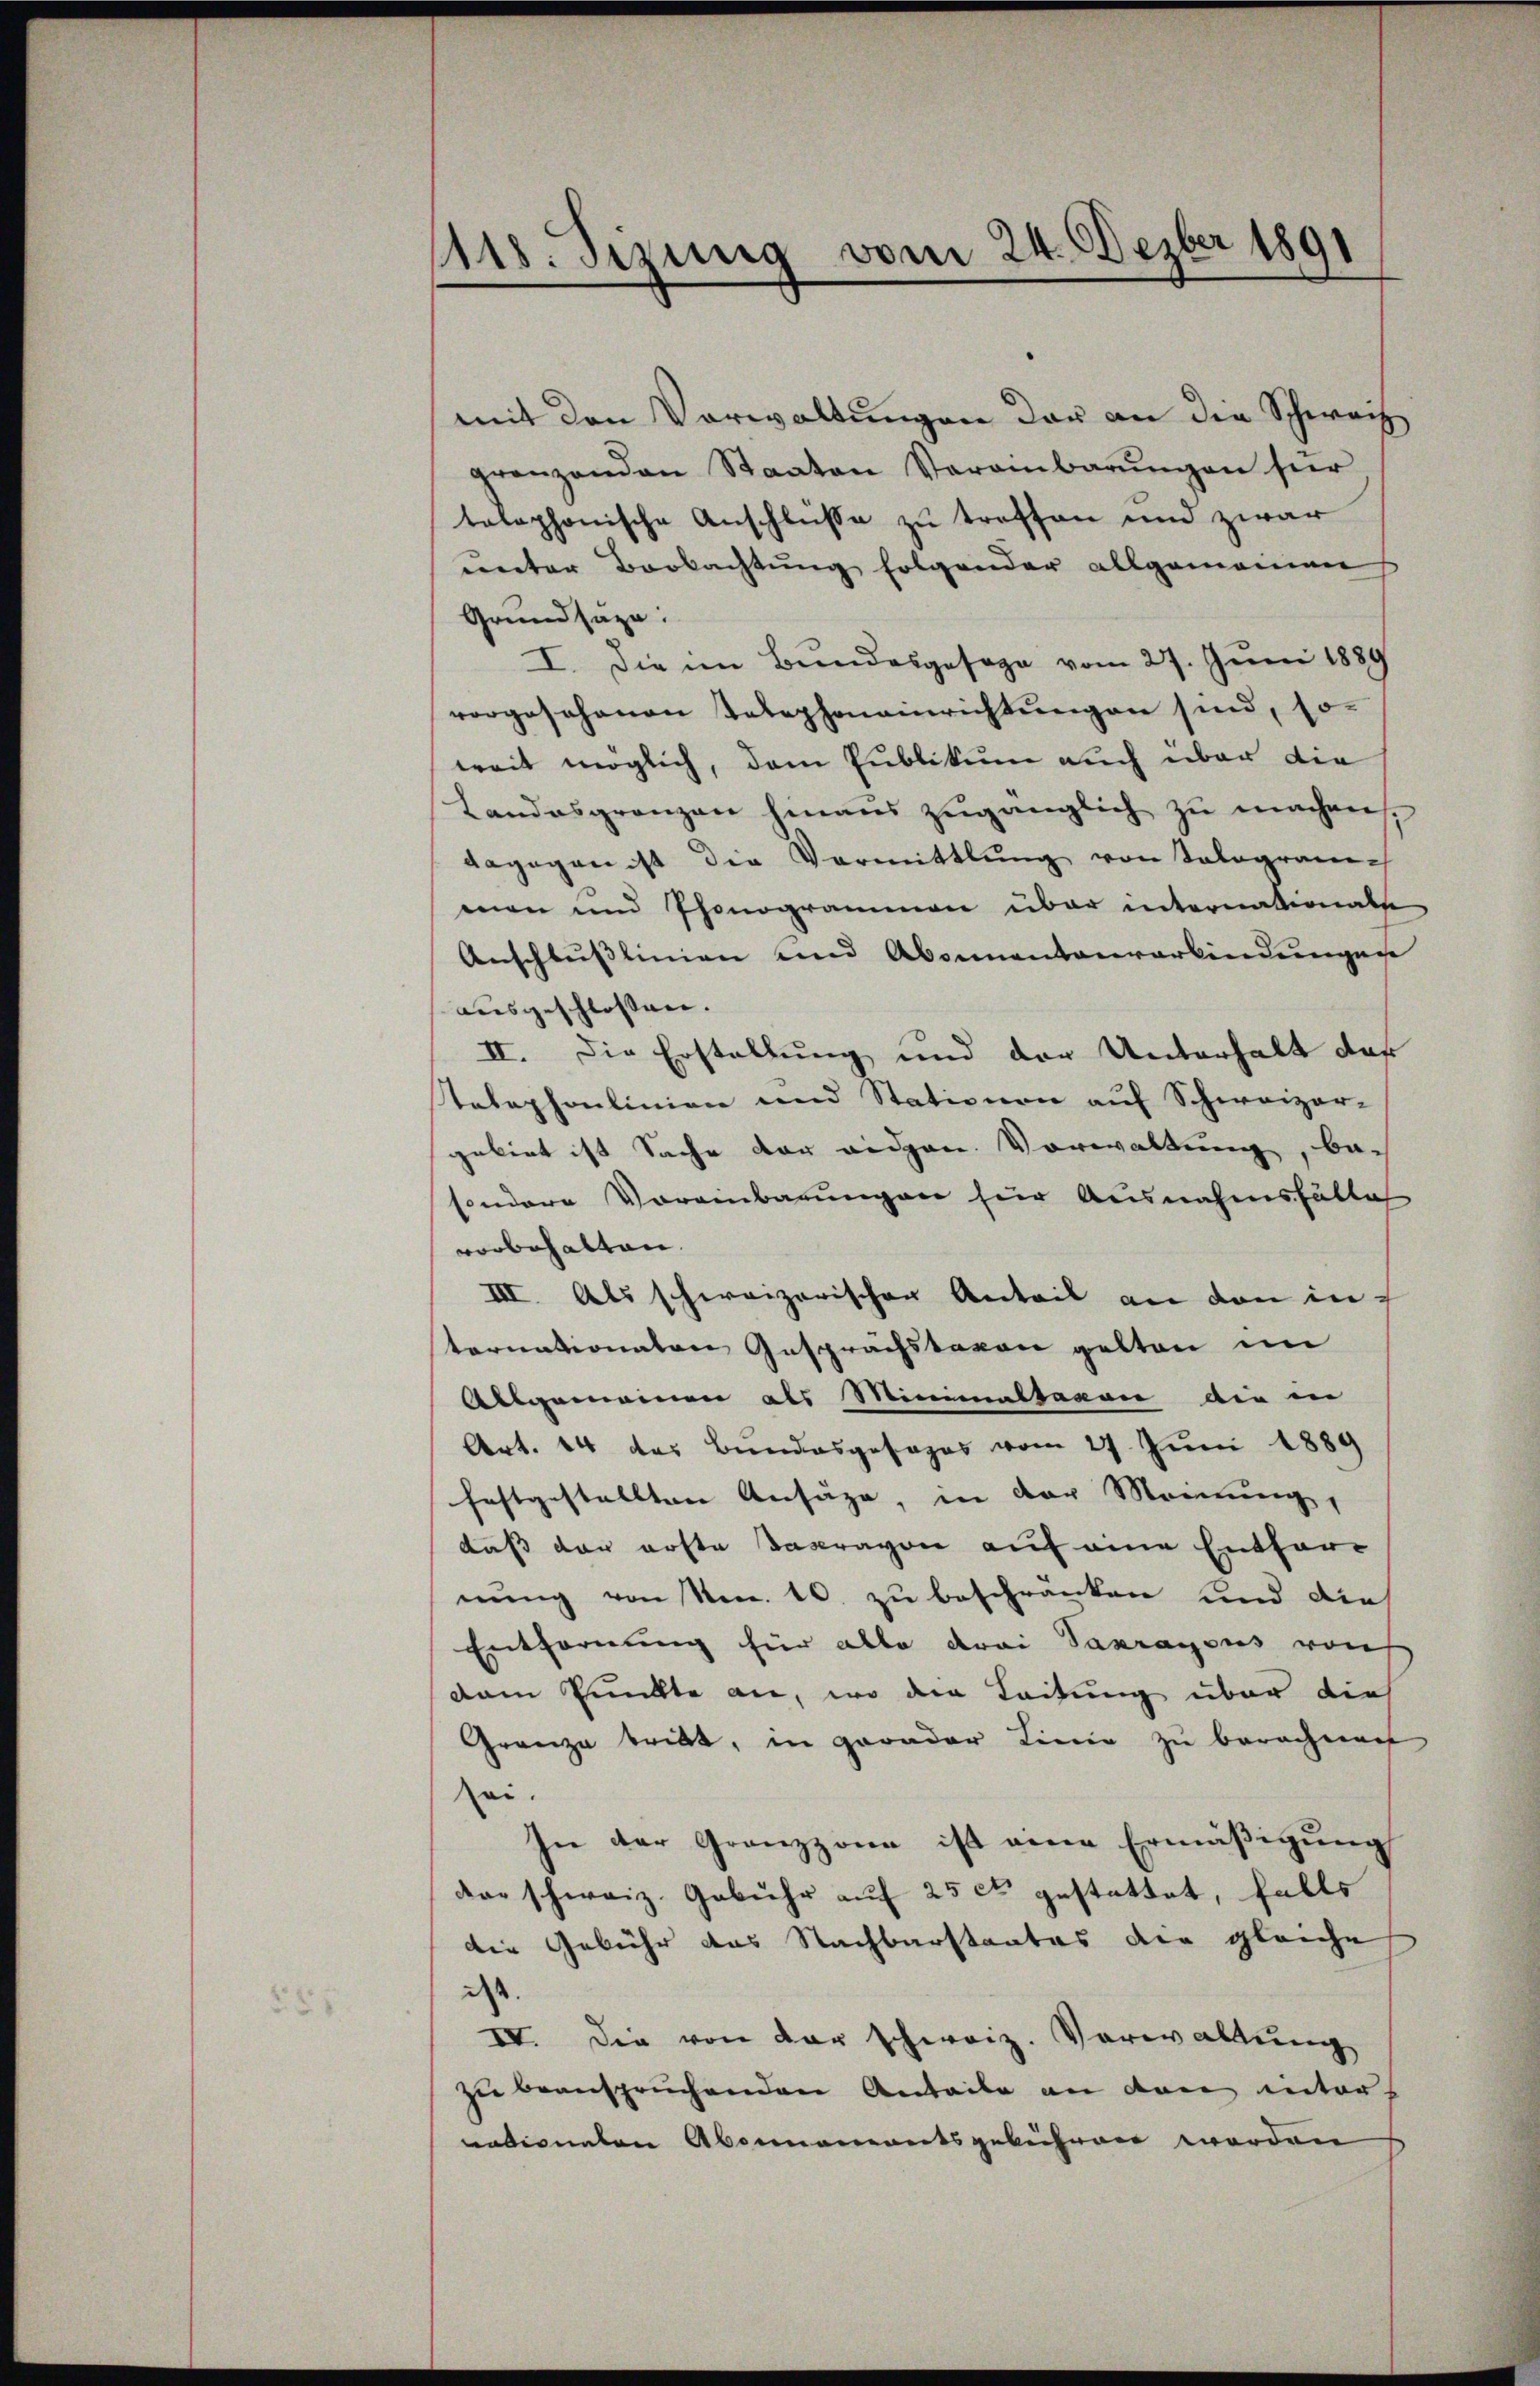
115. Sizung vom 24. Dezber 1891

mit den Verwaltungen der an die Schweiz
grenzenden Staaten Veranbarŭngen hier
telephonische Anschlüsse zu treffen und zwar
unter Beobachtung folgender allgemeinen
Grundsäze:
I. Die im Bundesgesage vom 27. Juni 1889
vorgesehenen Telephoneinrichtungen sind, so
weit möglich, dem Publikum auch über die
Landesgrenzen hinaus zugänglich zu machens
dagegen ist die Vormittlung von Talograme
men und Phonogrammen über internationalse
Anschlusslinien und Abonnantenverbindungen
ausgeschlossen.
II. Die Erstellung und der Unterhalt das
telephonlinien und Stationen auf Schweizer-
gebiet ist Sache der eidgen. Vorwaltung, be-
sondere Voreinbarungen für Ausnahmsfälle
vorbehalten.
III. Als schweizerischen Anteil an den in f
tornationaten Gesprächstagen gelten im
Allgemeinen als Minimaltavon die in
Art. 14 das Bundesgesages vom 27. Juni 1889
festgestellten Ansäze, in der Meinung,
dass der erste Sacravon auf eine Entfernung von Nr. 10. zu beschränken und die
Entfernung für alle drei Sakragens von
dem Punkte an, wo der Leitung über dies
Granz tritt, in gerader Linie zu berechnen
ei.
In der Grenzzona ist eine Ermäßigung
dre schweiz. Gebühr auf 25 ct gestattet, falls
die Gebühr das Nachbarstaates die gleiche
dass
IV. Die von der schweiz. Verwaltung
zu beanspruchenden Anteile an den internationaten Abornamentsgebühren werden